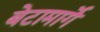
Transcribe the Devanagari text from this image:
बेटामार्गे